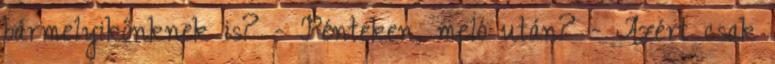
bármelyikőnknek is? - Pénteken, meló után? - Azért csak